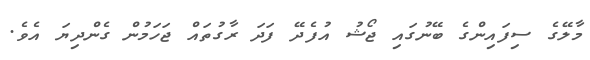
މާލޭގެ ސިފައިންގެ ބޭނުގައި ޖޯޝު އުފެދޭ ފަދަ ރާގުތައް ޖަހަމުން ގެންދިޔަ އެވެ.